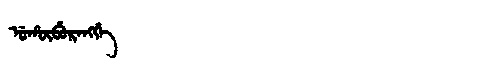
Manchu: ᡠᡥᡡᠪᡠᡵᠠᠩᡤᡝ
Romanization: UHŪBURANGGE